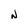
Character: N